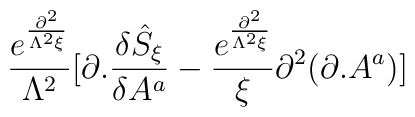
\frac{e^{\frac{\partial ^{2}}{\Lambda ^{2}\xi }}}{\Lambda ^{2}}[\partial .\frac{\delta {\hat{S}}_{\xi }}{\delta A^{a}}-\frac{e^{\frac{\partial ^{2}}{\Lambda ^{2}\xi }}}{\xi }\partial ^{2}(\partial .A^{a})]